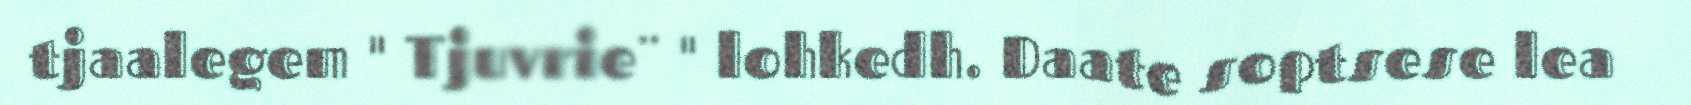
tjaalegem " Tjuvrie¨ " lohkedh. Daate soptsese lea